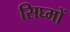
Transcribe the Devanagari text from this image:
सिघ्मों